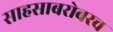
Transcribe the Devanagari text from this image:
साहसाबरोबरच